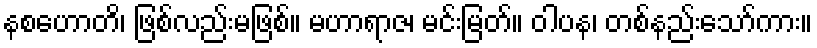
နစဟောတိ၊ ဖြစ်လည်းမဖြစ်။ မဟာရာဇ၊ မင်းမြတ်။ ဝါပန၊ တစ်နည်းသော်ကား။